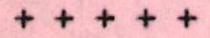
+ + + + +